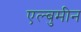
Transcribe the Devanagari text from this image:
एल्बुमीन